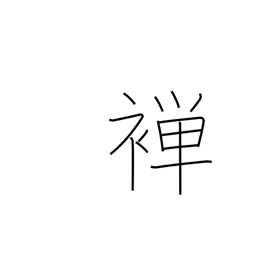
Meaning: thin kimono